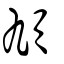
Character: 頄